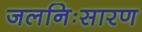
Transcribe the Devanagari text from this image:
जलनिःसारण